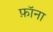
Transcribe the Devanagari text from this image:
फ़ॉना